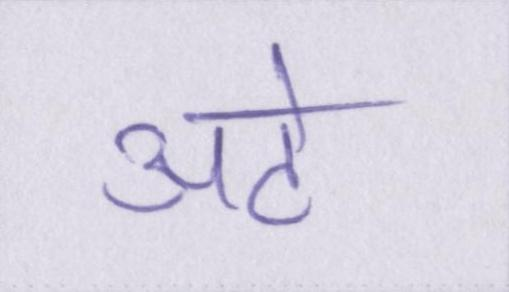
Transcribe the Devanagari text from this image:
अटे